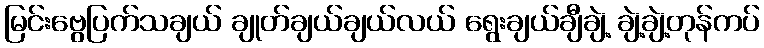
မြင်းဗွေပြက်သချယ် ချုတ်ချယ်ချယ်လယ် ရွေးချယ်ချီချဲ့ ချဲ့ချဲ့တုန်ကပ်